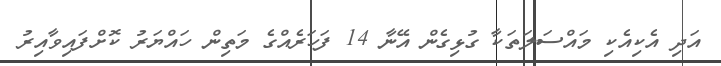
އަދި އެކިއެކި މައްސަލަތަކާ ގުޅިގެން އޭނާ 14 ފަހަރެއްގެ މަތިން ހައްޔަރު ކޮށްފައިވާއިރު